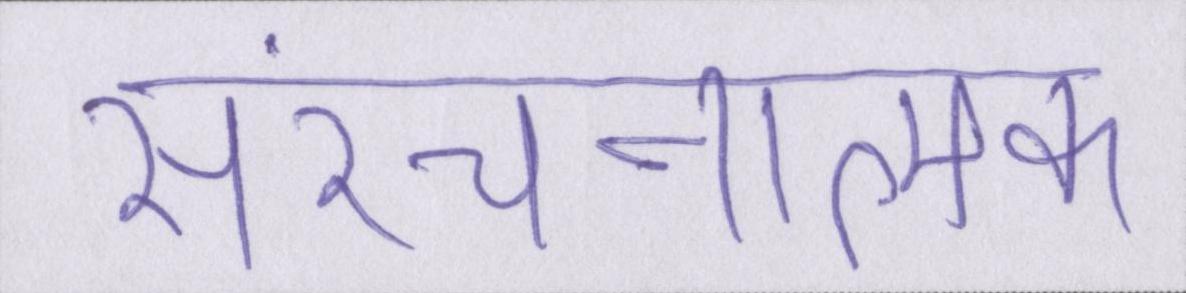
संरचनात्मक